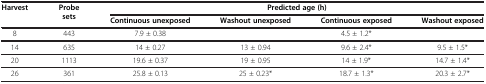
<table><thead><tr><td rowspan="2"><b>Harvest</b></td><td rowspan="2"><b>Probe sets</b></td><td colspan="4"><b>Predicted age (h)</b></td></tr><tr><td><b>Continuous unexposed</b></td><td><b>Washout unexposed</b></td><td><b>Continuous exposed</b></td><td><b>Washout exposed</b></td></tr></thead><tbody><tr><td>8</td><td>443</td><td>7.9 ± 0.38</td><td> </td><td>4.5 ± 1.2*</td><td> </td></tr><tr><td>14</td><td>635</td><td>14 ± 0.27</td><td>13 ± 0.94</td><td>9.6 ± 2.4*</td><td>9.5 ± 1.5*</td></tr><tr><td>20</td><td>1113</td><td>19.6 ± 0.37</td><td>19 ± 0.95</td><td>14 ± 1.9*</td><td>14.7 ± 1.4*</td></tr><tr><td>26</td><td>361</td><td>25.8 ± 0.13</td><td>25 ± 0.23*</td><td>18.7 ± 1.3*</td><td>20.3 ± 2.7*</td></tr></tbody></table>